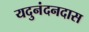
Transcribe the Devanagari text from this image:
यदुनंदनदास